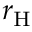
r _ { \mathrm { H } }